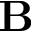
\mathbf { B }